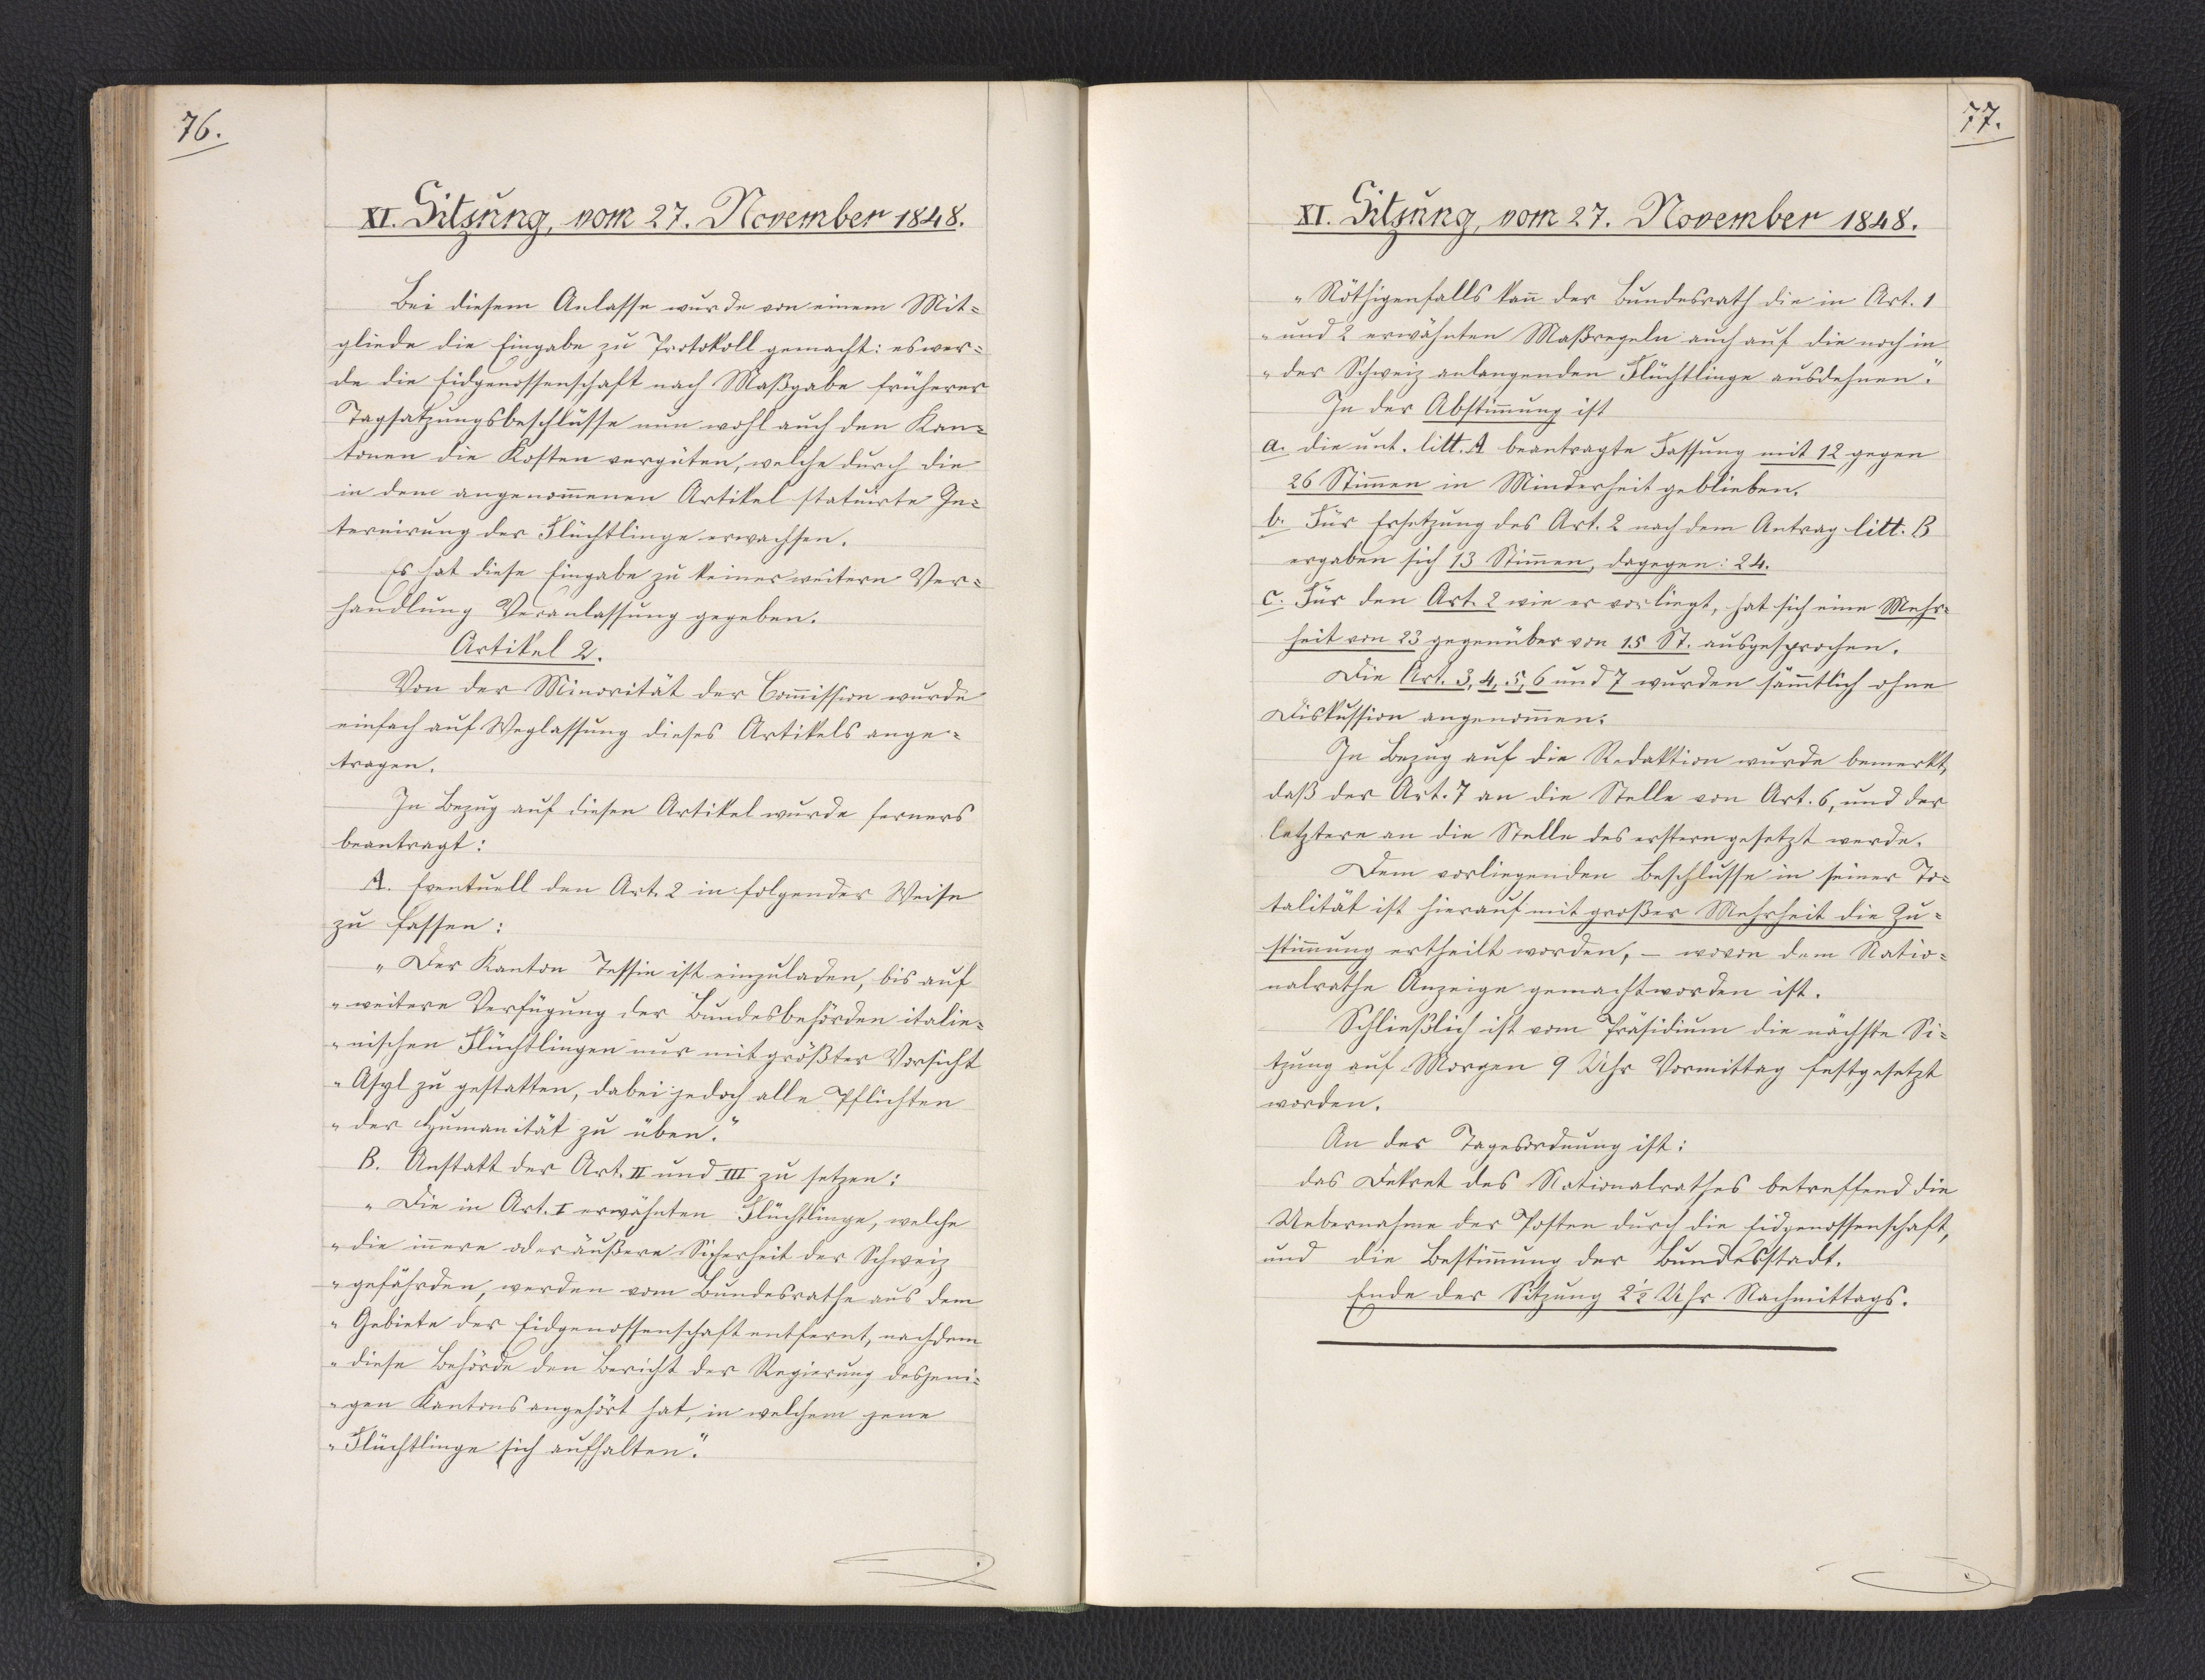
76.

XI. Sitzung, vom 27. November 1848.

Bei diesem Anlasse wurde von einem Mit¬
gliede die Eingabe zu Protokoll gemacht: es wer¬
de die Eidgenossenschaft nach Maßgabe früherer
Tagsatzungsbeschlüsse nun wohl auch den Kan¬
tonen die Kosten vergüten, welche durch die
in dem angenommenen Artikel statuirte In¬
ternirung der Flüchtlinge erwachsen.
Es hat diese Eingabe zu keiner weitern Ver¬
handlung Veranlassung gegeben.
Artikel 2.
Von der Minorität der Commission wurde
einfach auf Weglassung dieses Artikels ange¬
tragen.
In Bezug auf diesen Artikel wurde ferners
beantragt:
A. Eventuell den Art. 2 in folgender Weise
zu fassen:
"Der Kanton Tessin ist einzuladen, bis auf
weitere Verfügung der Bundesbehörden italie¬
nischen Flüchtlingen nur mit größter Vorsicht
Asyl zu gestatten, dabei jedoch alle Pflichten
der Humanität zu üben."
B. Anstatt der Art. II und III zu setzen:
"Die in Art. I erwähnten Flüchtlinge, welche
die innere oder äußere Sicherheit der Schweiz
gefährden, werden vom Bundesrathe aus dem
Gebiete der Eidgenossenschaft entfernt, nachdem
diese Behörde den Bericht der Regierung desjeni¬
gen Kantons angehört hat, in welchem jene
Flüchtlinge sich aufhalten."

77.

XI. Sitzung, vom 27. November 1848.

"Nöthigenfalls kann der Bundesrath die in Art. 1
und 2 erwähnten Maßregeln auch auf die noch in
der Schweiz anlangenden Flüchtlinge ausdehnen."
In der Abstimmung ist
a. die unt. litt. A beantragte Fassung mit 12 gegen
26 Stimmen in Minderheit geblieben.
b. Für Ersetzung des Art. 2 nach dem Antrag litt. B
ergaben sich 13 Stimmen, dagegen: 24.
c. Für den Art. 2 wie er vorliegt, hat sich eine Mehr¬
heit von 23 gegenüber von 15 St. ausgesprochen.
Die Art. 3, 4, 5, 6 und 7 wurden sämmtlich ohne
Diskussion angenommen.
In Bezug auf die Redaktion wurde bemerkt,
daß der Art. 7 an die Stelle von Art. 6, und der
letztere an die Stelle des erstern gesetzt werde.
Dem vorliegenden Beschlusse in seiner To¬
talität ist hierauf mit großer Mehrheit die Zu¬
stimmung ertheilt worden, - wovon dem Natio¬
nalrathe Anzeige gemacht worden ist.
Schließlich ist vom Präsidium die nächste Si¬
tzung auf Morgen 9 Uhr Vormittag festgesetzt
worden.
An der Tagesordnung ist:
das Dekret des Nationalrathes betreffend die
Uebernahme der Posten durch die Eidgenossenschaft,
und die Bestimmung der Bundesstadt.
Ende der Sitzung 2 1/2 Uhr Nachmittags.